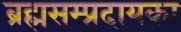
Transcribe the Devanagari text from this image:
ब्रह्मसम्प्रदायका